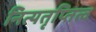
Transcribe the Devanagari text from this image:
नित्यतृप्तित्व